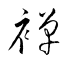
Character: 襌